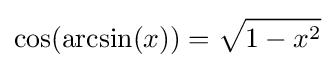
\cos(\arcsin(x))={\sqrt {1-x^{2}}}